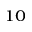
^ { 1 0 }